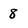
Character: 8